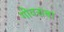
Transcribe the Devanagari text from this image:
गोवराचा